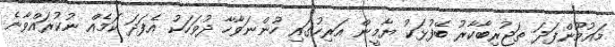
މައުމޫންފަދަ ތަޖުރިބާކާރު ބޭފުޅަކު ޔާމީން އަރިހުގައި ހުންނަވާހާ ދުވަހަކު އެފަދަ ކަމެއް ނުކުރައްވާނެ